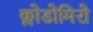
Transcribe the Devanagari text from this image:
क्लोडोमिरो